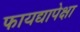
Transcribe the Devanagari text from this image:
फायद्यापेक्षा